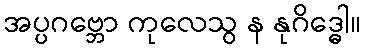
အပ္ပဂဗ္ဘော ကုလေသွ န နုဂိဒ္ဓေါ။